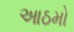
આઠમો